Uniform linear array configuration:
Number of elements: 24
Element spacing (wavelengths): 0.75
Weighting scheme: binomial
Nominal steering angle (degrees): -30
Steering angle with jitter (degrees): -28.075
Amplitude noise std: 0.05
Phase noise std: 0.05

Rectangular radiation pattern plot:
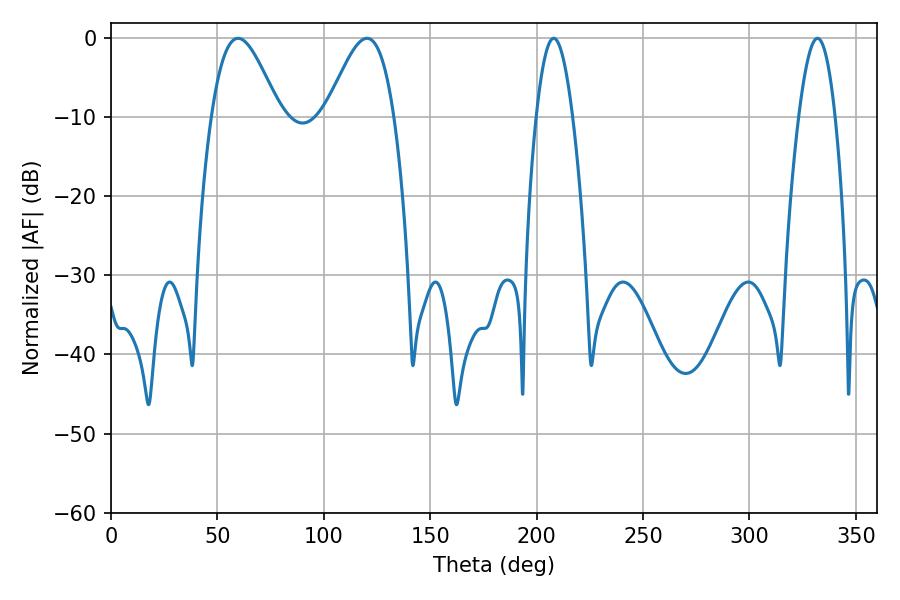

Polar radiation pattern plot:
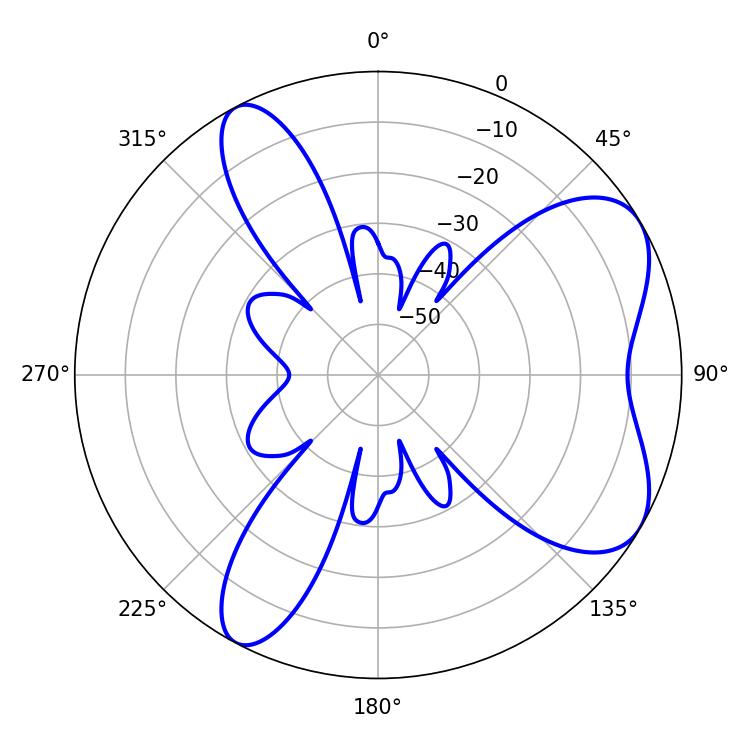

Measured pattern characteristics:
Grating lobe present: TRUE
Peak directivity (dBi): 6.654
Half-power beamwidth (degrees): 17.1
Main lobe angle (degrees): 59.76